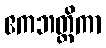
ဧကဘတ္တိကာ